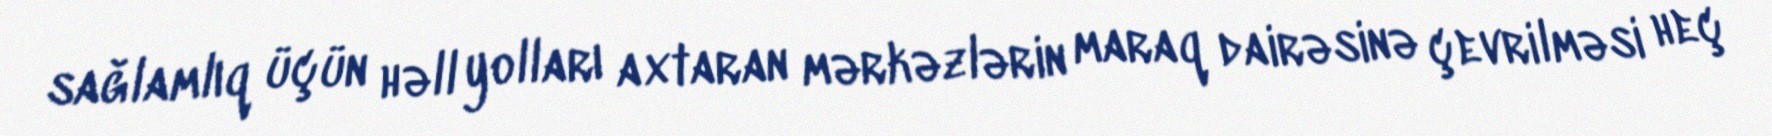
sağlamlıq üçün həll yolları axtaran mərkəzlərin maraq dairəsinə çevrilməsi heç